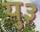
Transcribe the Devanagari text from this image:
यु३